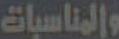
والمناسبات